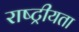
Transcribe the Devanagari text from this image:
राष्‍ट्रीयता